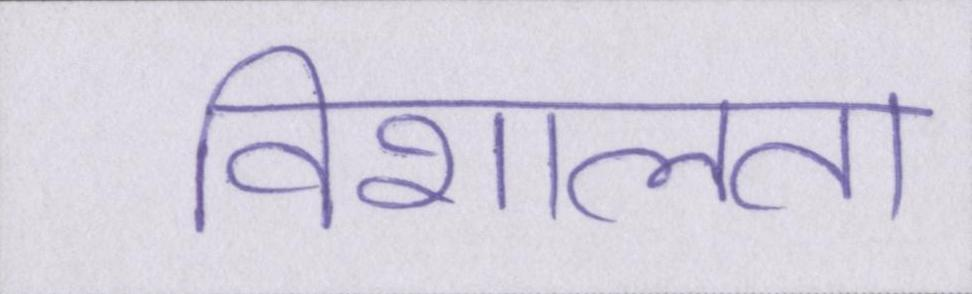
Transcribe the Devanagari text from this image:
विशालता